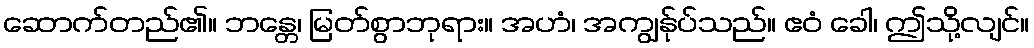
ဆောက်တည်၏။ ဘန္တေ၊ မြတ်စွာဘုရား။ အဟံ၊ အကျွန်ုပ်သည်။ ဧဝံ ခေါ၊ ဤသို့လျင်။